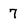
Character: 7